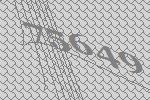
75649